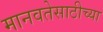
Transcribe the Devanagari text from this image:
मानवतेसाठीच्या